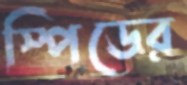
স্পিডের